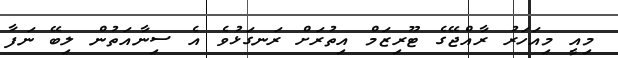
މިއީ މިއަހަރު ރާއްޖޭގެ ޓޫރިޒަމް އިތުރަށް ރަނގަޅުވެ އެ ސިނާއަތުން ލިބޭ ނަފާ